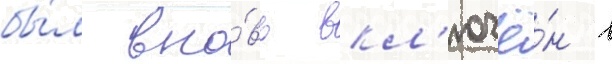
бы́л вно́вь вкл'ючё́н в